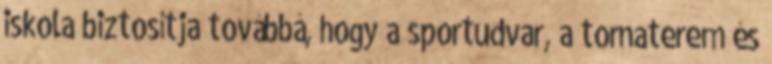
iskola biztosítja továbbá, hogy a sportudvar, a tornaterem és